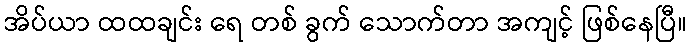
အိပ်ယာ ထထချင်း ရေ တစ် ခွက် သောက်တာ အကျင့် ဖြစ်နေပြီ။